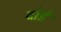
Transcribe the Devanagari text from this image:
दोडे